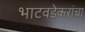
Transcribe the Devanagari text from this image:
भाटवडेकरांचा